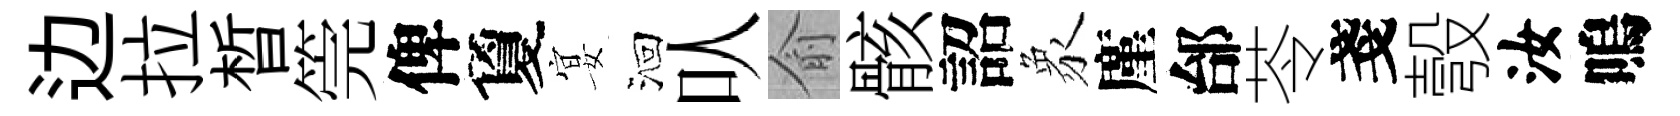
边拉晳筦俾夐宴洄㕥俞骸詔象廑邰苓戔彀汝嗚